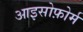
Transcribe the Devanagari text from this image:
आइसोफ़ोर्म